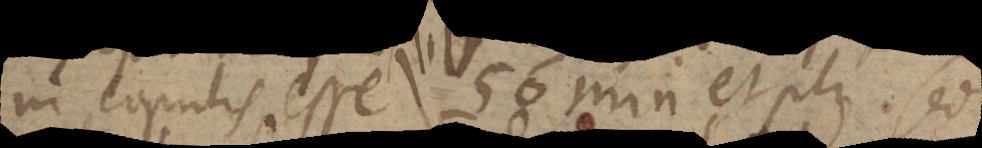
in copulis esse) 50 min et plus. Sed